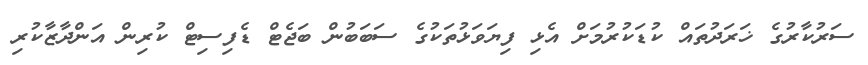
ސަރުކާރުގެ ޚަރަދުތައް ކުޑަކުރުމަށް އެޅި ފިޔަވަޅުތަކުގެ ސަބަބުން ބަޖެޓް ޑެފިސިޓް ކުރިން އަންދާޒާކުރި